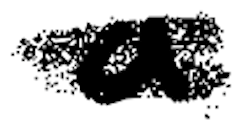
Text: a
Cross-out: double-line
Writing tool: digital_black